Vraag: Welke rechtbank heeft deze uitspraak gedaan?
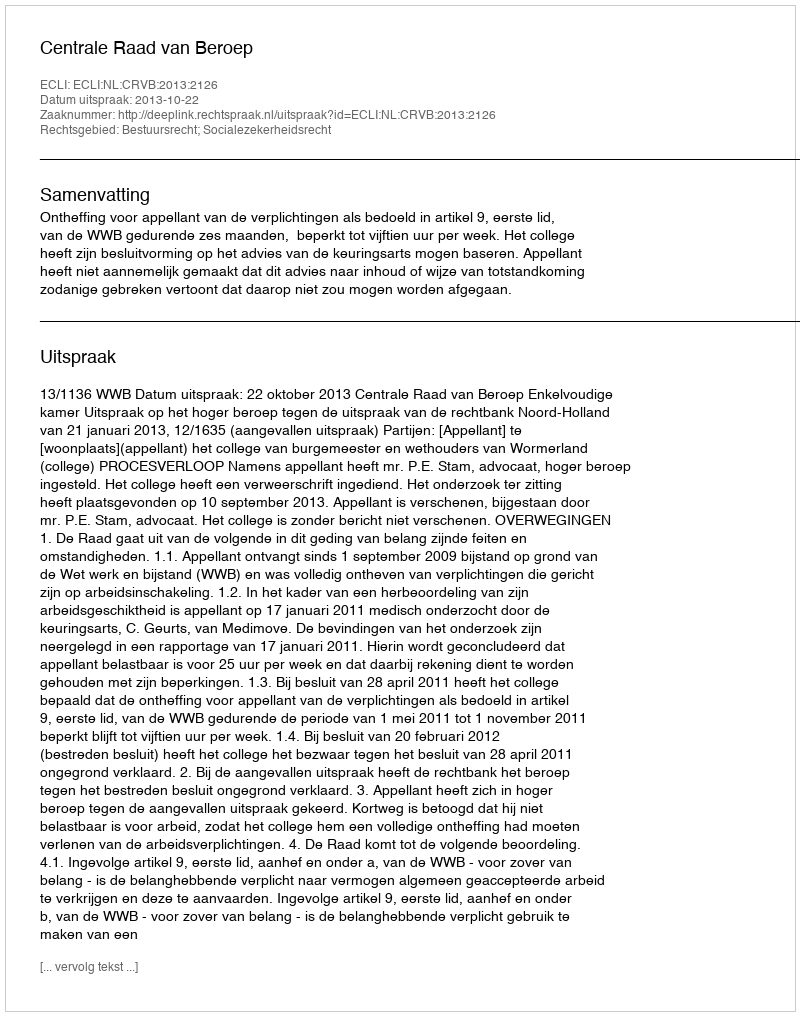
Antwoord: Centrale Raad van Beroep